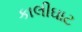
કાલીઘાટ